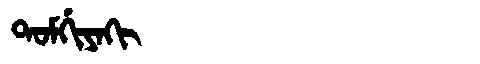
Manchu: ᡨᠣᠮᡤᡳᠶᠠᡴᡳ
Romanization: TOMGIYAKI